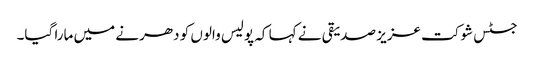
جسٹس شوکت عزیز صدیقی نے کہا کہ پولیس والوں کو دھرنے میں مارا گیا۔